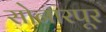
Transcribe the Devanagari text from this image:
सोनारपूर